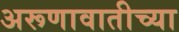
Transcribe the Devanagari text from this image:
अरूणावातीच्या